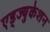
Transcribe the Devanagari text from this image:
एड्ज्युकेशन